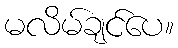
မလိမ်ချင်ပေ။